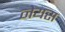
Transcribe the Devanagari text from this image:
नेयस